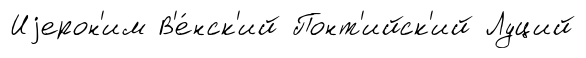
Иjерон'им В'е́нск'ий Понт'ийск'ий Луций